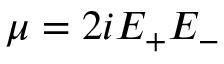
\mu = 2 i E _ { + } E _ { - }